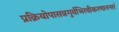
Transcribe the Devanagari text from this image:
प्रक्रियोपासन्नगुर्वभिरवीकरणानन्तरं